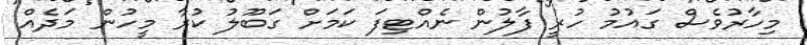
މިހާރުވެސް ގައުމު ހުރީ ފާލުން ނެއްޓިފަ ކަމަށް ގަބޫލު ކުރާ މީހުން މަދެއް